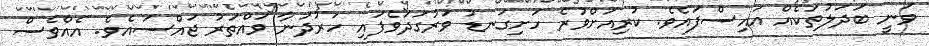
ވަނީ ބަދަލުތަކެއް އައިސްފައެވެ. ކުރިއަށްވުރެ ހަށިގަނޑު ވަރުގަދަވެފައި ހަރުދަނާ ވައްތަރު ޖައްސައެވެ. އެއްވެސް